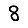
Digit: 8